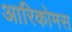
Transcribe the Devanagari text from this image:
आरिकोमस